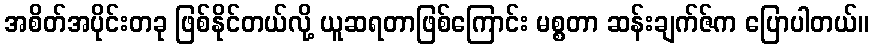
အစိတ်အပိုင်းတခု ဖြစ်နိုင်တယ်လို့ ယူဆရတာဖြစ်ကြောင်း မစ္စတာ ဆန်းချက်ဇ်က ပြောပါတယ်။